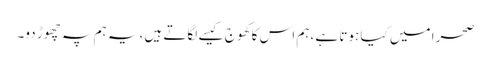
صحرا میں کیا ہوتا ہے ،ہم اس کا کھوج کیسے لگاتے ہیں، یہ ہم پہ چھوڑ دو۔